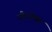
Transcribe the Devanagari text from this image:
गौतमेश्वर